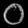
Digit: ၀